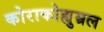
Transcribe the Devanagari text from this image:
कोराकोह्युम्रल